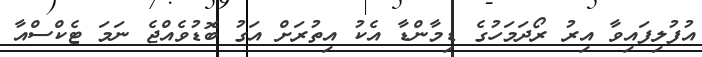
އުފުލިފައިވާ އިރު ރޯދަމަހުގެ ޑިމާންޑާ އެކު އިތުރަށް އަގު ބޮޑުވެއްޖެ ނަމަ ޓެކްސްއާ